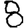
Digit: 8